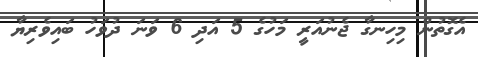
އެގޮތުން މިހިނގާ ޖެނުއަރީ މަހުގެ 5 އަދި 6 ވަނަ ދުވަހު ބައިވެރިޔާ